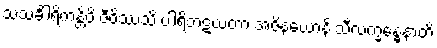
သသင်္ခါရိကန္တိပိ ဇီဝိဿသိ ပါရိဘဋယတာ အဇိနယောနိ သီလက္ခန္ဓေနာတိ